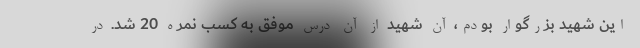
این شهید بزرگوار بودم، آن شهید از آن درس موفق به کسب نمره 20 شد. در